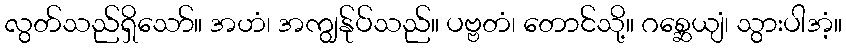
လွတ်သည်ရှိသော်။ အဟံ၊ အကျွန်ုပ်သည်။ ပဗ္ဗတံ၊ တောင်သို့။ ဂစ္ဆေယျံ၊ သွားပါအံ့။